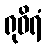
ရုဓိရံ